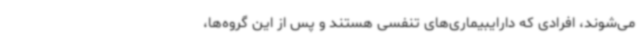
می‌شوند، افرادی که دارایبیماری‌های تنفسی هستند و پس از این گروه‌ها،